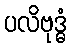
ပလိဗုဒ္ဓံ